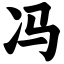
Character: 冯